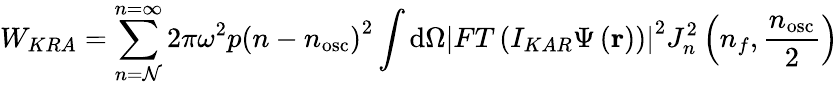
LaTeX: W_{KRA}=\sum_{n=\mathcal{N}}^{n=\infty}2\pi\omega^{2}p\left(n-n_{\mathrm{{osc}}}\right)^{2}\int\mathrm{{d}}\Omega\left|FT\left(I_{KAR}\Psi\left(\mathbf{{r}}\right)\right)\right|^{2}J_{n}^{2}\left(n_{f},{\frac{{n_{\mathrm{{osc}}}}}{{2}}}\right)